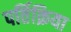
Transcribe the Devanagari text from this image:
पर्तिक्रिया